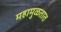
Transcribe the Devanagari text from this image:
महामुळतात